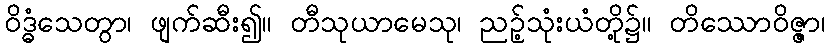
ဝိဒ္ဓံသေတွာ၊ ဖျက်ဆီး၍။ တီသုယာမေသု၊ ညဉ့်သုံးယံတို့၌။ တိဿောဝိဇ္ဇာ၊